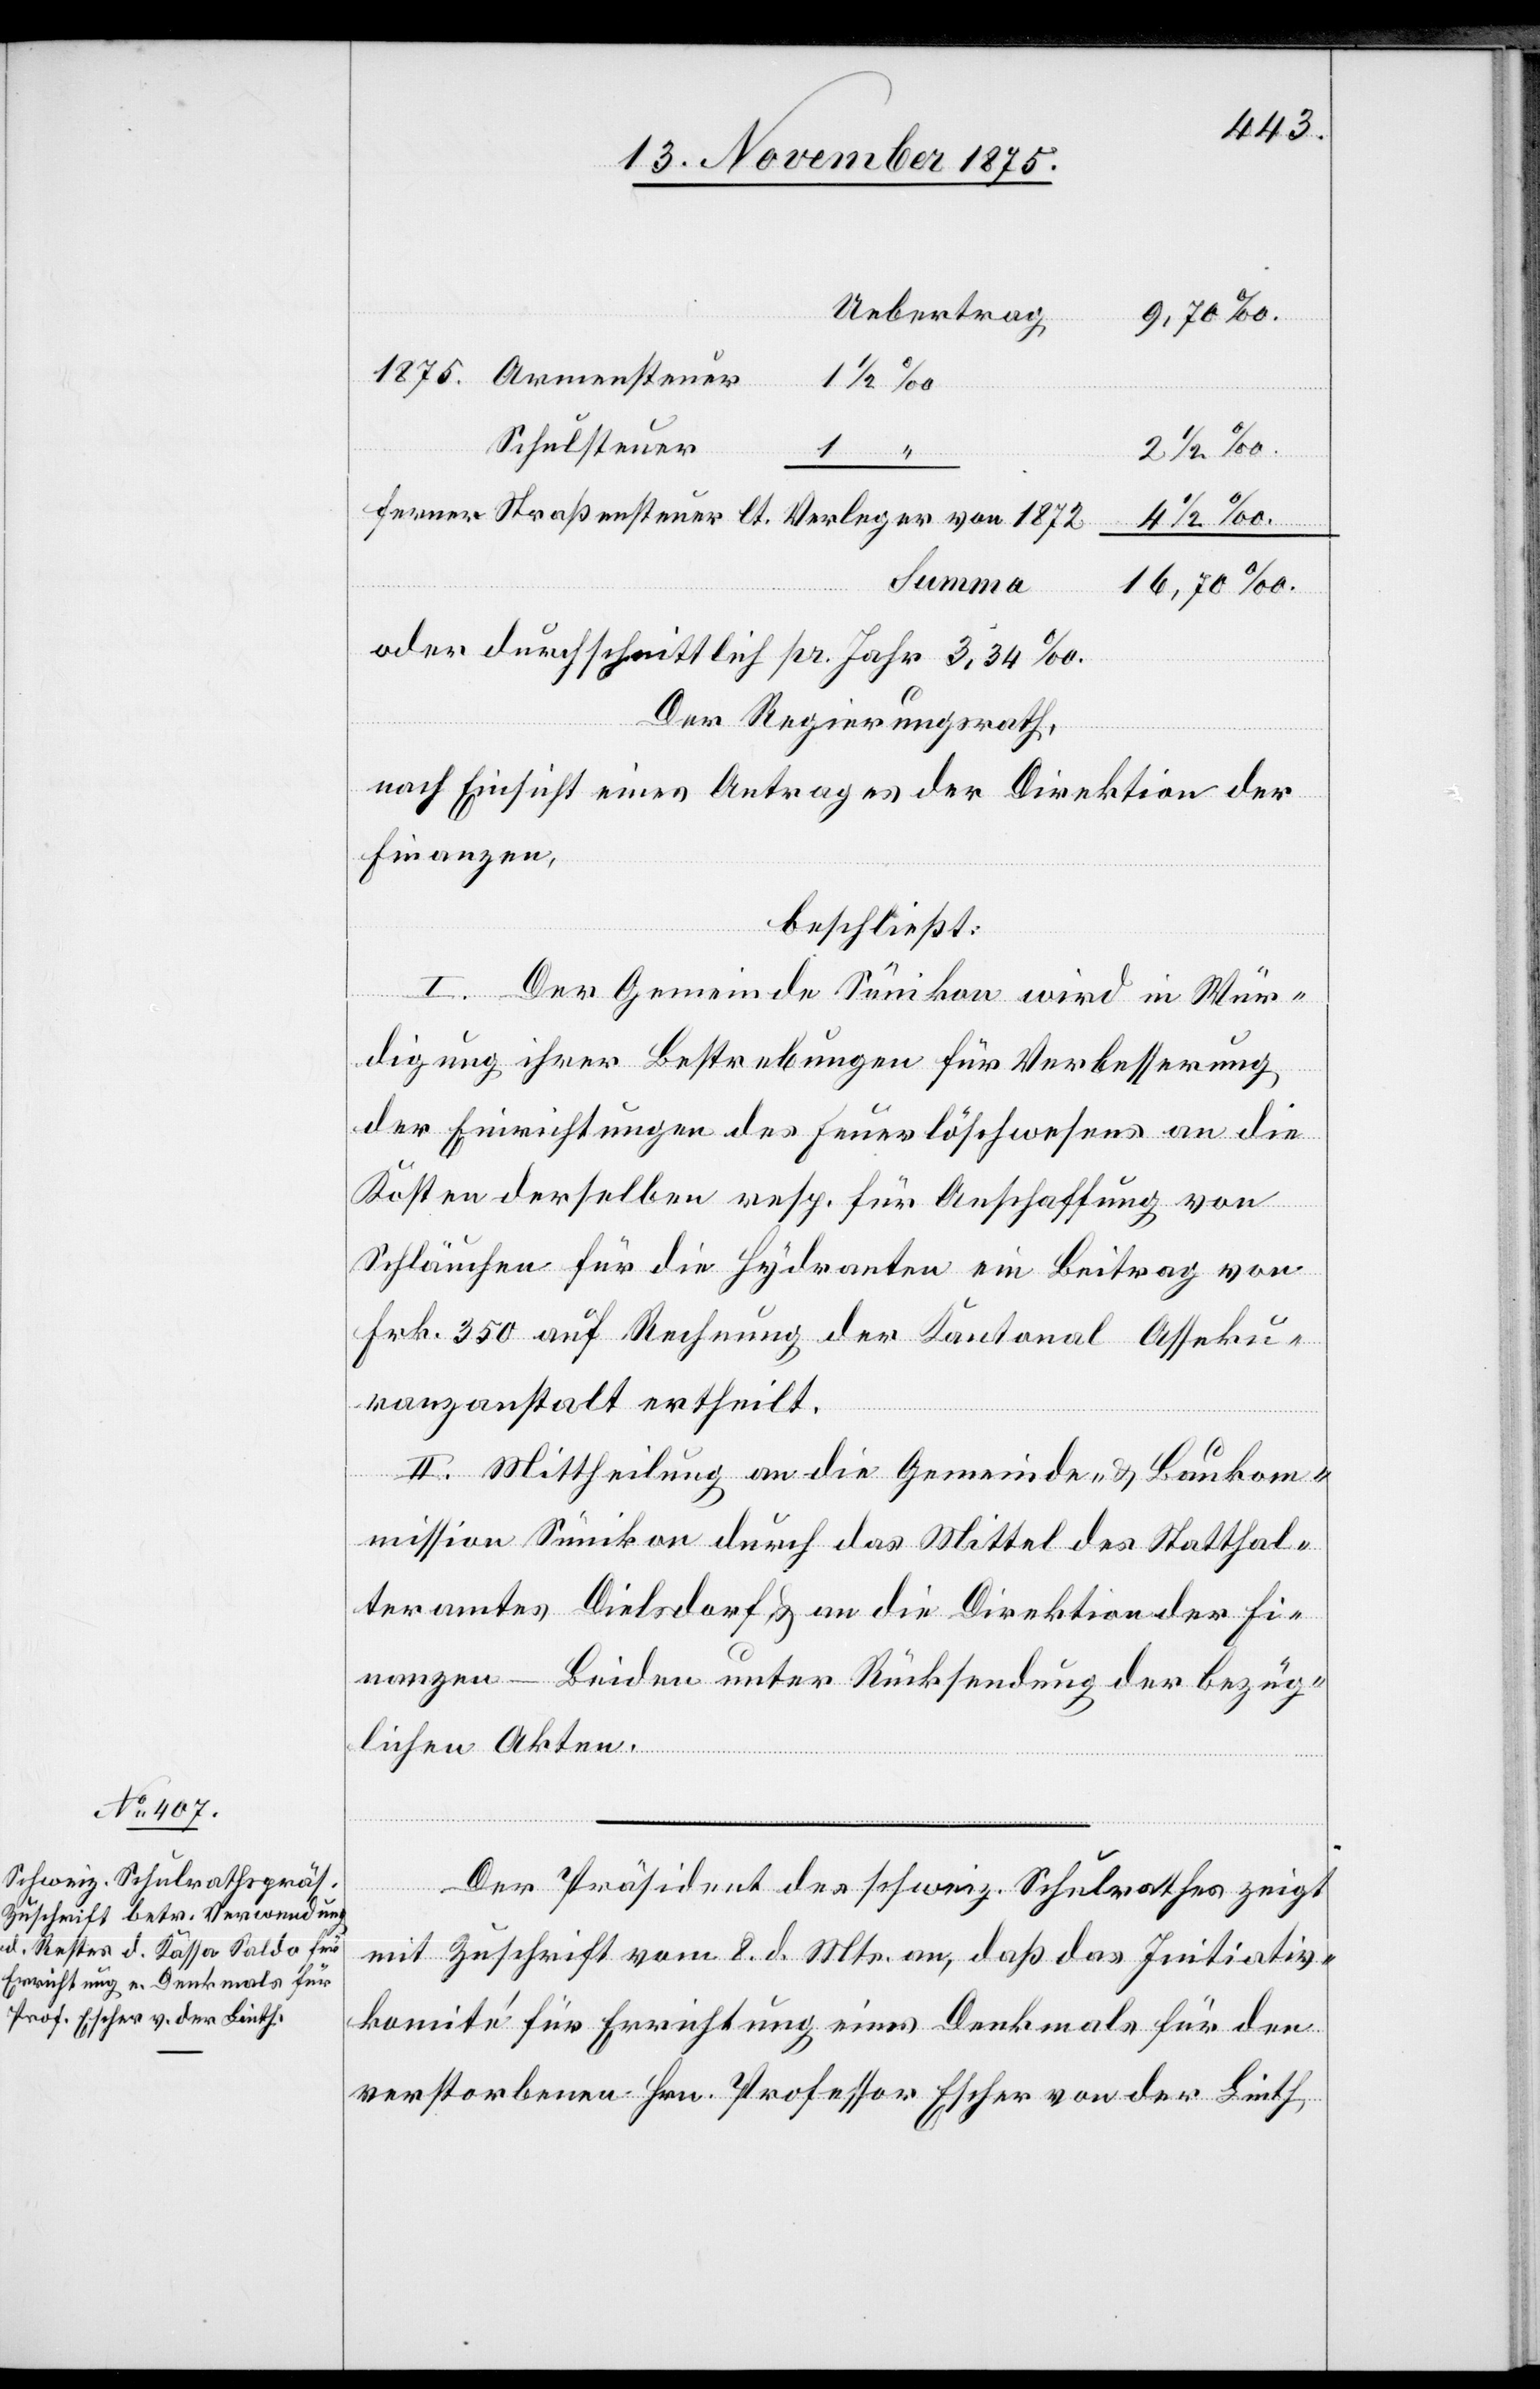
Uebertrag:
Schulsteuer
Ferner Straßensteuer lt. Verleger von 1872
Summa
oder durchschnittlich pr. Jahr 3,34‰.
Der Regierungsrath,
nach Einsicht eines Antrages der Direktion der
Finanzen,
beschließt:
I. Der Gemeinde Sünikon wird in Wür¬
digung ihrer Bestrebungen für Verbesserung
der Einrichtungen des Feuerlöschwesens an die
Kosten derselben resp. für Anschaffung von
Schläuchen für die Hydranten ein Beitrag von
Frk. 350 auf Rechnung der Kantonal Asseku¬
ranzanstalt ertheilt.
II. Mittheilung an die Gemeinde- & Bauko¬
mmission Sünikon durch das Mittel des Statthal¬
teramtes Dielsdorf an die Direktion der Fi¬
nanzen – Beiden [sic!] unter Rücksendung der bezüg¬
lichen Akten.
Armensteuer
Der Präsident des schweiz. Schulrathes zeigt
mit Zuschrift vom 8. d. Mts. an, daß das Initiativ¬
komité für Errichtung eines Denkmals für den
verstorbenen Hrn. Professor Escher von der Linth,